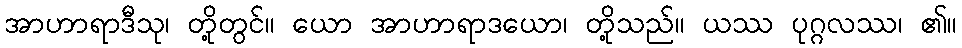
အာဟာရာဒီသု၊ တို့တွင်။ ယော အာဟာရာဒယော၊ တို့သည်။ ယဿ ပုဂ္ဂလဿ၊ ၏။